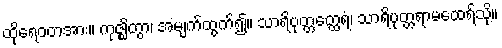
ထိုရေဝတအား။ ကုဇ္ဈိတွာ၊ အမျက်ထွက်၍။ သာရိပုတ္တတ္ထေရံ၊ သာရိပုတ္တရာမထေရ်သို့။